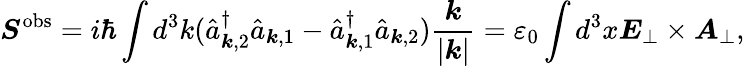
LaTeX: {\boldsymbol{S}}^{\mathrm{{obs}}}=i\hbar\int d^{3}k({\hat{a}}_{{\boldsymbol{k}},2}^{\dagger}{\hat{a}}_{{\boldsymbol{k}},1}-{\hat{a}}_{{\boldsymbol{k}},1}^{\dagger}{\hat{a}}_{{\boldsymbol{k}},2}){\frac{\boldsymbol{k}}{|{\boldsymbol{k}}|}}=\varepsilon_{0}\int d^{3}x{\boldsymbol{E}}_{\perp}\times{\boldsymbol{A}}_{\perp},